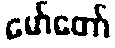
မော်တော်